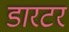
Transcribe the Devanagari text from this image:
डारटर